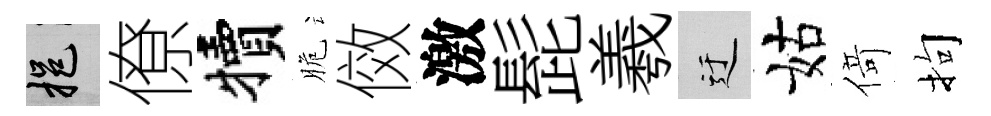
挹僚犢脆傚激髭羲迂姑𠋣拘